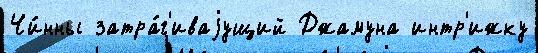
Чи́нны затра́г'иваjущий Джамуна интр'ижку